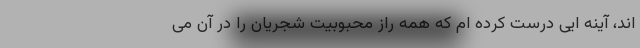
اند، آینه ایی درست کرده ام که همه راز محبوبیت شجریان را در آن می